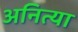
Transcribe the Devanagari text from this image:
अनित्या